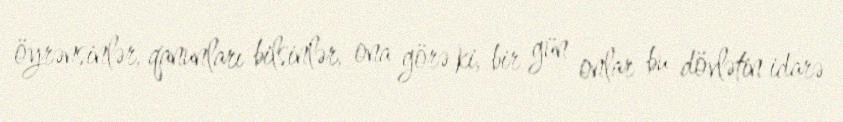
öyrənsinlər, qanunları bilsinlər, ona görə ki, bir gün onlar bu dövlətin idarə